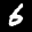
Label: 6